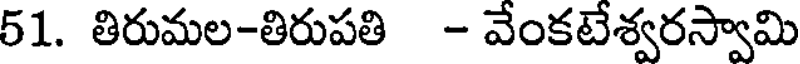
51. తిరుమల-తిరుపతి - వేంకటేశ్వరస్వామి